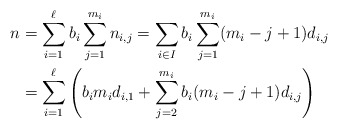
\begin{align*} n &= \sum_{i=1}^{\ell} b_i \sum_{j =1}^{m_i} n_{i,j}= \sum_{i \in I} b_i \sum_{j=1}^{m_i} (m_i - j +1) d_{i,j} \\ &= \sum_{i=1}^{\ell} \left( b_i m_i d_{i,1} + \sum_{j=2}^{m_i} b_i (m_i - j +1) d_{i,j} \right) \end{align*}